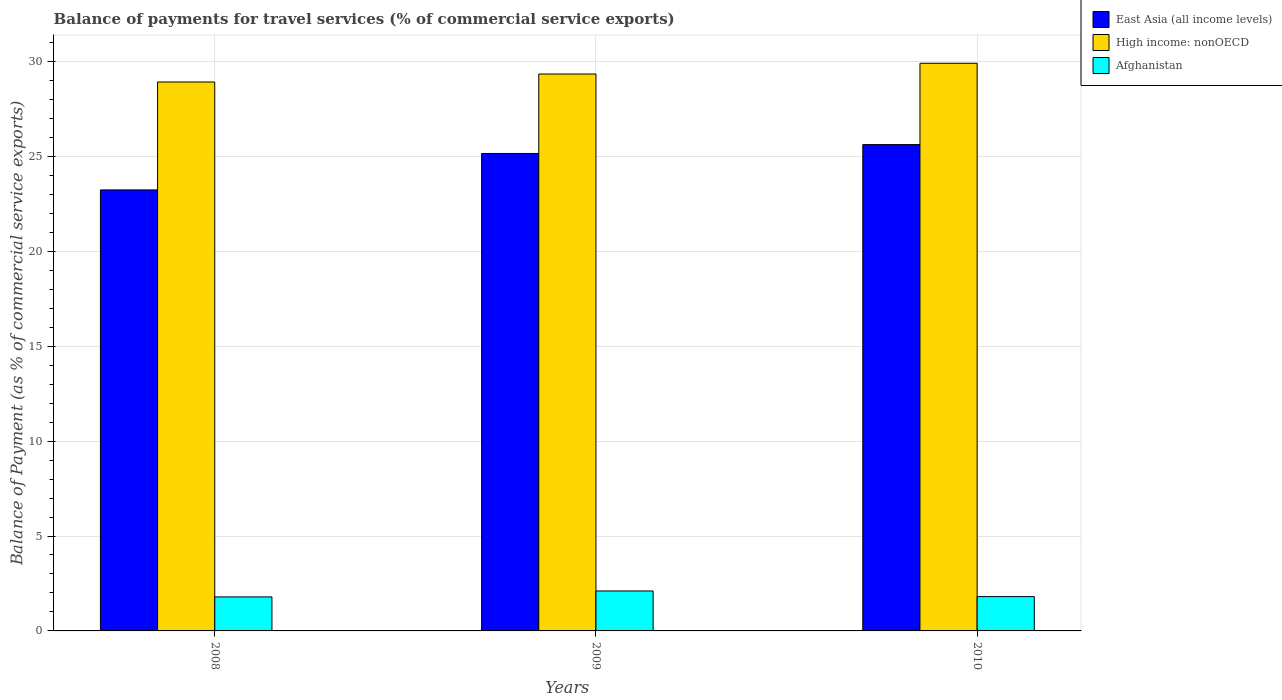
| Years | East Asia (all income levels) | High income: nonOECD | Afghanistan |
 | --- | --- | --- | --- |
 | 2008 | 23.2 | 28.9 | 1.79 |
 | 2009 | 25.2 | 29.3 | 2.11 |
 | 2010 | 25.6 | 29.9 | 1.81 |